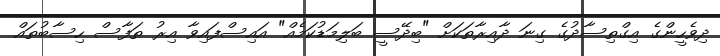
ދިވެހީންގެ އިގްތިސާދުގެ ގިނަ ދާއިރާތަކަށް "ބިދޭސީ ބަލިމަޑުކަމެއް" އައިސްފައިވާ އިރު ތަފާސް ހިސާބުތައް